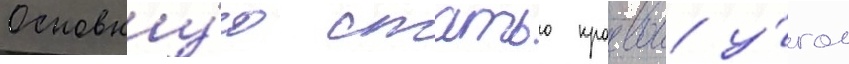
Основну́ю статью краевои у́гол